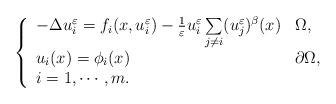
LaTeX: \begin{align*}\left \{\begin{array}{lll}-\Delta u_{i}^{\varepsilon}= f_{i}(x, u_{i}^{\varepsilon} ) - \frac{ 1 }{\varepsilon} u_{i}^{\varepsilon} \sum\limits_{j \neq i} (u_{j}^{\varepsilon})^{\beta} (x) & \Omega,\\u_{i}(x) =\phi_{i}(x) & \partial \Omega,\\i=1,\cdots, m. \end{array}\right.\end{align*}